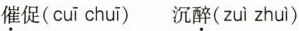
催促( cuī chuī )沉醉( zuì zhuì）